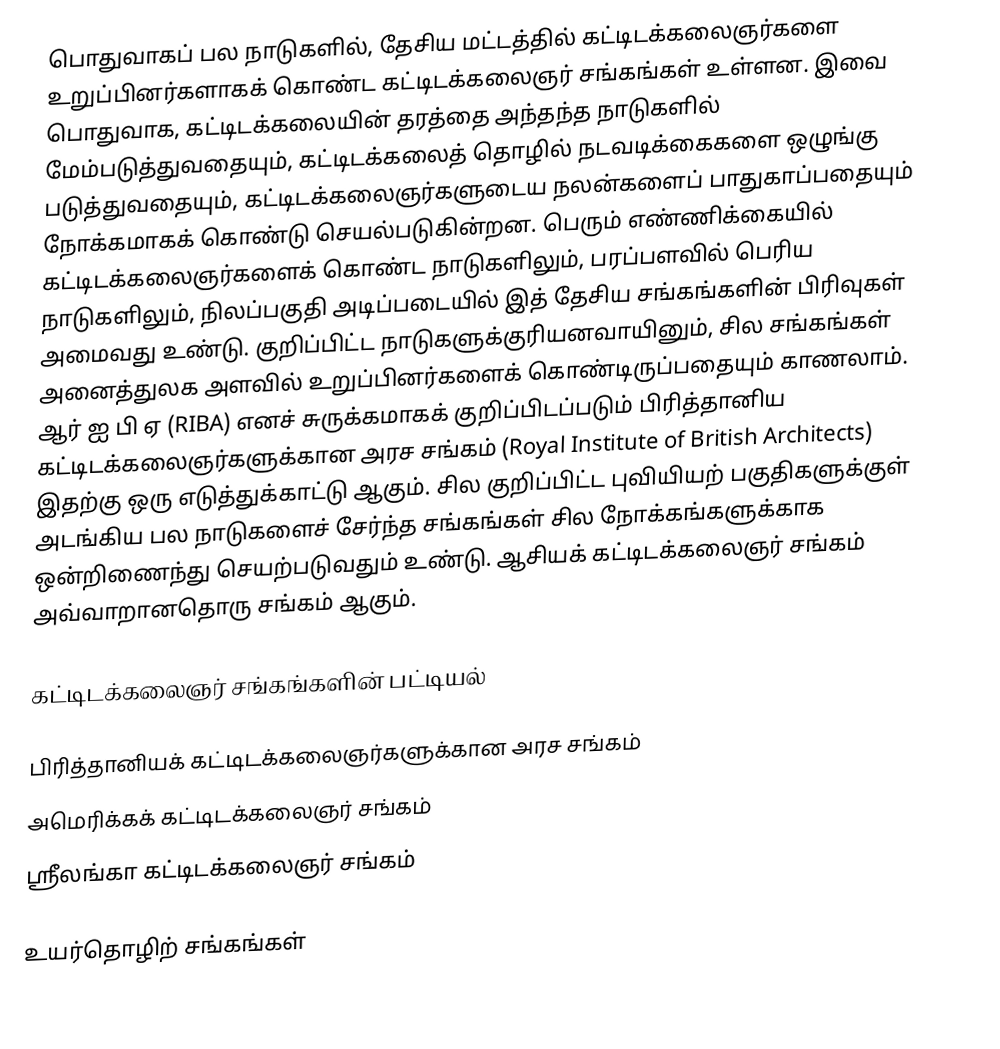
பொதுவாகப் பல நாடுகளில், தேசிய மட்டத்தில் கட்டிடக்கலைஞர்களை உறுப்பினர்களாகக் கொண்ட கட்டிடக்கலைஞர் சங்கங்கள் உள்ளன. இவை பொதுவாக, கட்டிடக்கலையின் தரத்தை அந்தந்த நாடுகளில் மேம்படுத்துவதையும், கட்டிடக்கலைத் தொழில் நடவடிக்கைகளை ஒழுங்கு படுத்துவதையும், கட்டிடக்கலைஞர்களுடைய நலன்களைப் பாதுகாப்பதையும் நோக்கமாகக் கொண்டு செயல்படுகின்றன. பெரும் எண்ணிக்கையில் கட்டிடக்கலைஞர்களைக் கொண்ட நாடுகளிலும், பரப்பளவில் பெரிய நாடுகளிலும், நிலப்பகுதி அடிப்படையில் இத் தேசிய சங்கங்களின் பிரிவுகள் அமைவது உண்டு. குறிப்பிட்ட நாடுகளுக்குரியனவாயினும், சில சங்கங்கள் அனைத்துலக அளவில் உறுப்பினர்களைக் கொண்டிருப்பதையும் காணலாம். ஆர் ஐ பி ஏ (RIBA) எனச் சுருக்கமாகக் குறிப்பிடப்படும் பிரித்தானிய கட்டிடக்கலைஞர்களுக்கான அரச சங்கம் (Royal Institute of British Architects) இதற்கு ஒரு எடுத்துக்காட்டு ஆகும். சில குறிப்பிட்ட புவியியற் பகுதிகளுக்குள் அடங்கிய பல நாடுகளைச் சேர்ந்த சங்கங்கள் சில நோக்கங்களுக்காக ஒன்றிணைந்து செயற்படுவதும் உண்டு. ஆசியக் கட்டிடக்கலைஞர் சங்கம் அவ்வாறானதொரு சங்கம் ஆகும்.

கட்டிடக்கலைஞர் சங்கங்களின் பட்டியல்

 பிரித்தானியக் கட்டிடக்கலைஞர்களுக்கான அரச சங்கம்
 அமெரிக்கக் கட்டிடக்கலைஞர் சங்கம்
 ஸ்ரீலங்கா கட்டிடக்கலைஞர் சங்கம்

 உயர்தொழிற் சங்கங்கள்